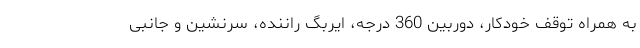
به همراه توقف خودکار، دوربین 360 درجه، ایربگ راننده، سرنشین و جانبی